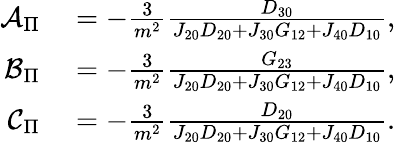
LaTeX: \begin{array}{rl}{\mathcal{A}_{\Pi}}&{{}=-\frac{3}{m^{2}}\frac{D_{30}}{J_{20}D_{20}+J_{30}G_{12}+J_{40}D_{10}},}\\ {\mathcal{B}_{\Pi}}&{{}=-\frac{3}{m^{2}}\frac{G_{23}}{J_{20}D_{20}+J_{30}G_{12}+J_{40}D_{10}},}\\ {\mathcal{C}_{\Pi}}&{{}=-\frac{3}{m^{2}}\frac{D_{20}}{J_{20}D_{20}+J_{30}G_{12}+J_{40}D_{10}}.}\end{array}